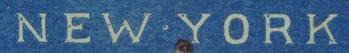
NEW.YORK